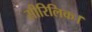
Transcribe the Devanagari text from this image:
सीरिलिक।